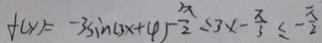
f ( y ) = - 3 \sin ( 3 x + 4 ) - \frac { 3 \pi } { 2 } \leq 3 x - \frac { \pi } { 3 } \leq - \frac { \pi } { 2 }